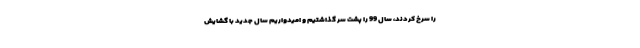
را سرخ کردند، سال 99 را پشت سر گذاشتیم و امیدواریم سال جدید با گشایش